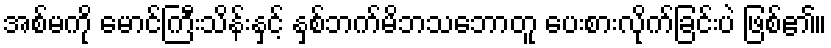
အစ်မကို မောင်ကြီးသိန်းနှင့် နှစ်ဘက်မိဘသဘောတူ ပေးစားလိုက်ခြင်းပဲ ဖြစ်၏။